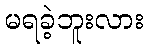
မရခဲ့ဘူးလား